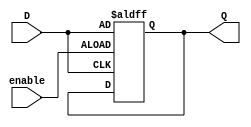
module GatedDLatchFlipFlop (
    input D, // data input
    input enable, // enable signal
    output reg Q // output
);

always @(posedge enable or posedge D)
begin
    if (enable)
        Q <= D;
end

endmodule